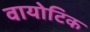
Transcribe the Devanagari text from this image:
वायोटिक